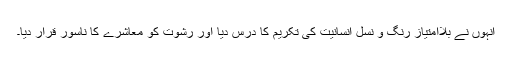
انہوں نے بلاامتیاز رنگ و نسل انسانیت کی تکریم کا درس دیا اور رشوت کو معاشرے کا ناسور قرار دیا۔